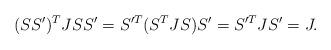
LaTeX: \begin{align*}(S S')^T J S S' = S'^T (S^T J S) S' = S'^T J S' = J.\end{align*}